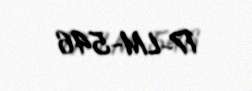
17-LM-546